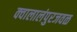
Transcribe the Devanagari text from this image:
क्वालालंपुरजवळ